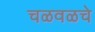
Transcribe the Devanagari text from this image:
चळवळचे